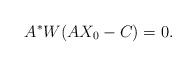
LaTeX: \begin{align*}A^*W(AX_0-C)=0. \end{align*}